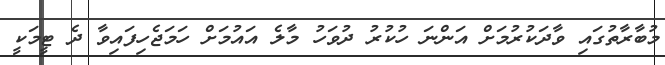
މުބާރާތުގައި ވާދަކުރުމަށް އަންނަ ހުކުރު ދުވަހު މާލެ އައުމަށް ހަމަޖެހިފައިވާ ދެ ޓީމަކީ